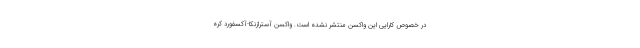
در خصوص کارایی این واکسن منتشر نشده است. واکسن آسترازنکا-آکسفورد کره